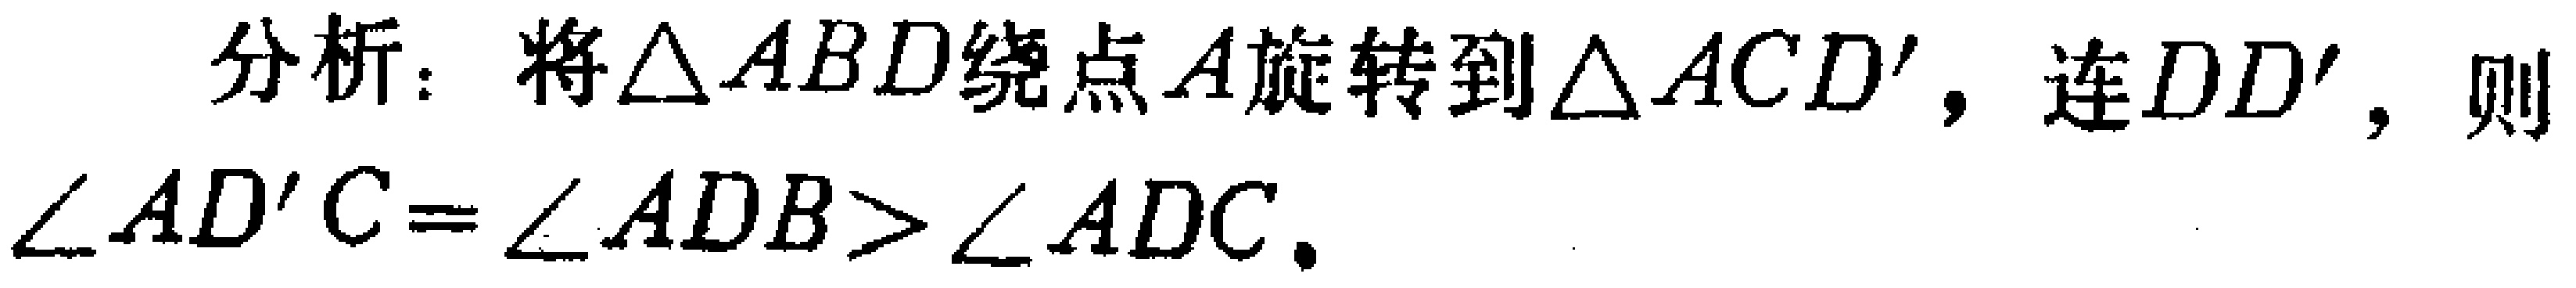
分析：将$\triangle ABD$绕点$A$旋转到$\triangle ACD'$，连$DD'$，则$\angle AD'C = \angle ADB > \angle ADC.$